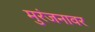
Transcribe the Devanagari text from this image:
मुरंजनावर